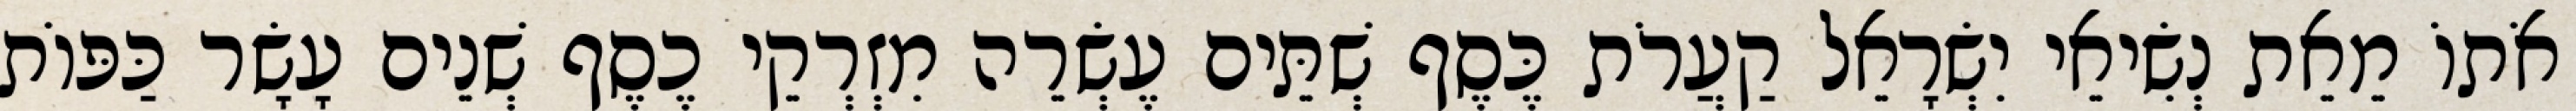
אֹתוֹ מֵאֵת נְשִׂיאֵי יִשְׂרָאֵל קַעֲרֹת כֶּסֶף שְׁתֵּים עֶשְׂרֵה מִזְרְקֵי כֶסֶף שְׁנֵים עָשָׂר כַּפּוֹת